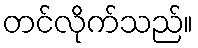
တင်လိုက်သည်။